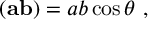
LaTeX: ( { \bf a b } ) = a b \cos { \theta } ~ ,